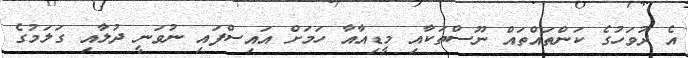
އެ ދުވަހުގެ ކަންތައްތައް ނޫސްތަކާއި މީޑިއާއާ ހަމަށް އައިސްފައި ނުވަނީ ދުލާއި ގަލަމުގެ